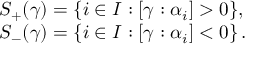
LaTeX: \begin{array} { l } { { S _ { + } ( \gamma ) = \{ i \in I : [ \gamma : \alpha _ { i } ] > 0 \} , } } \\ { { S _ { - } ( \gamma ) = \{ i \in I : [ \gamma : \alpha _ { i } ] < 0 \} \, . } } \end{array}